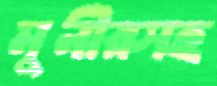
মুনীরসহ